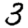
Digit: 3